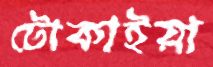
টোকাইয়া